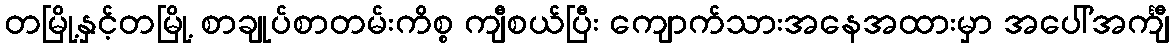
တမြို့နှင့်တမြို့ စာချုပ်စာတမ်းကိစ္စ ကျီစယ်ပြီး ကျောက်သားအနေအထားမှာ အပေါ်အင်္ကျီ